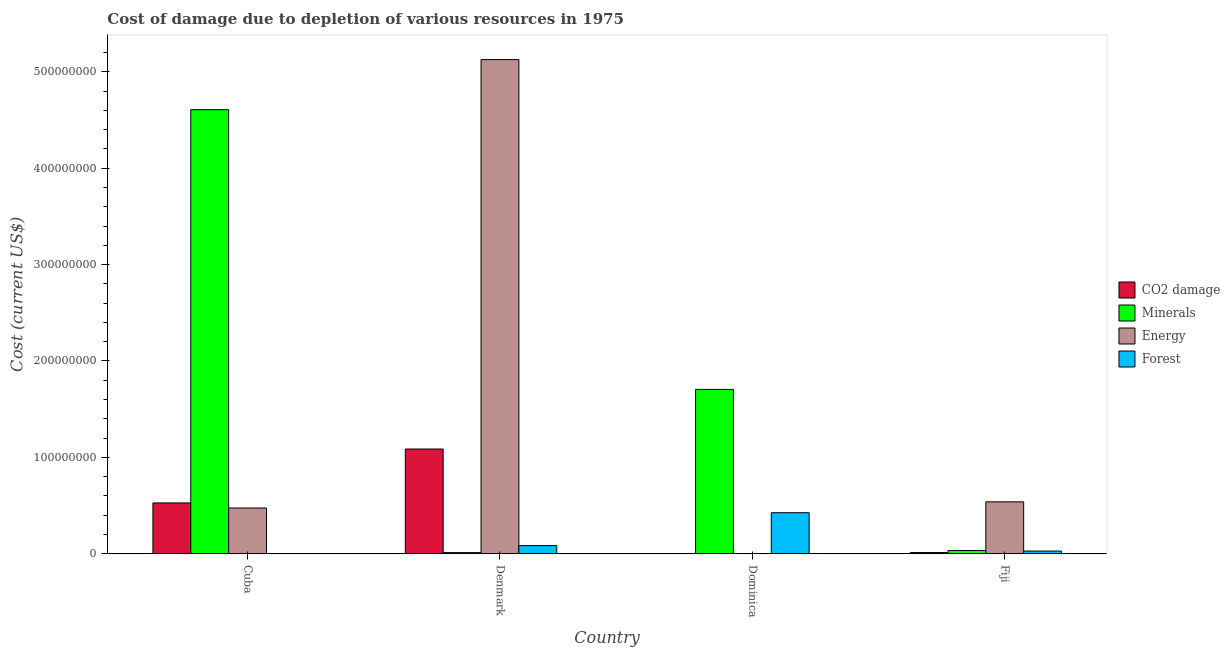
| Country | CO2 damage | Minerals | Energy | Forest |
 | --- | --- | --- | --- | --- |
 | Cuba | 5.27e+07 | 4.61e+08 | 4.74e+07 | 1.5e+05 |
 | Denmark | 1.09e+08 | 1.16e+06 | 5.13e+08 | 8.42e+06 |
 | Dominica | 5.71e+04 | 1.7e+08 | 9.8e+04 | 4.26e+07 |
 | Fiji | 1.21e+06 | 3.35e+06 | 5.39e+07 | 2.78e+06 |